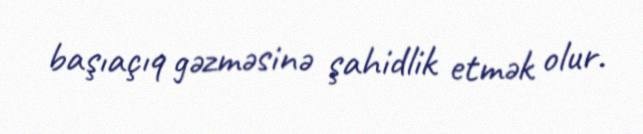
başıaçıq gəzməsinə şahidlik etmək olur.